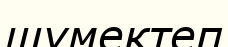
шүмектеп